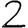
Digit: 2